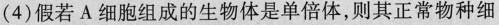
(4)假若A细胞组成的生物体是单倍体，则其正常物种细